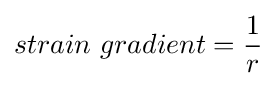
strain\ gradient={\frac {1}{r}}